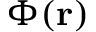
\Phi ( \mathbf { r } )